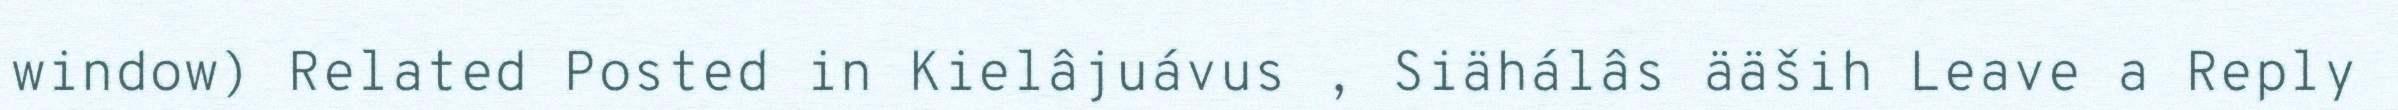
window) Related Posted in Kielâjuávus , Siähálâs ääših Leave a Reply